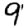
Digit: 9